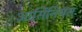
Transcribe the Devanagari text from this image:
आर्सिनियस